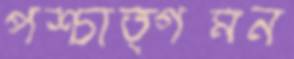
পশ্চাত্গমন